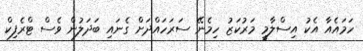
ހަމައެއާ އެކު އިސްލާމީ މަރުކަޒު ހިމެނޭ ސަރަހައްދަށް ގެނައި ބަދަލުން ވެސް ޓްރެފިކް